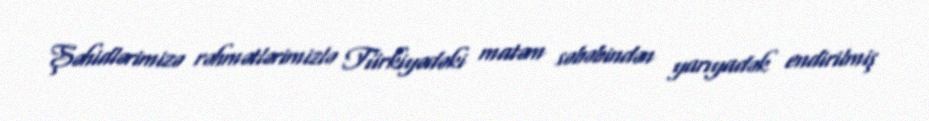
Şəhidlərimizə rəhmətlərimizlə Türkiyədəki matəm səbəbindən yarıyadək endirilmiş